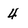
Character: 4